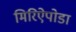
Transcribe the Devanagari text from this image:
मिरिऐपोडा